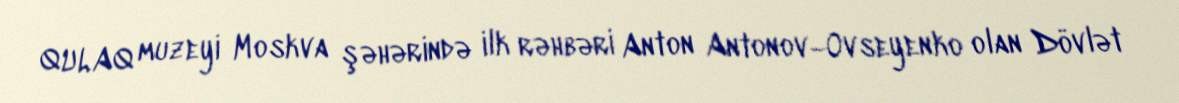
QULAQ muzeyi Moskva şəhərində ilk rəhbəri Anton Antonov–Ovseyenko olan Dövlət